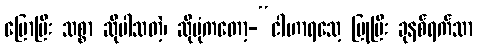
ပြောပြီး သစ္စာ ဆိုပါသတဲ့၊ ဆိုပုံကတော့-“ငါဟာရသေ့ ပြုပြီး ခုနစ်ရက်သာ